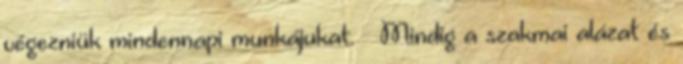
végezniük mindennapi munkájukat. — Mindig a szakmai alázat és